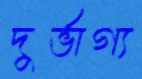
দুর্ভাগ্য